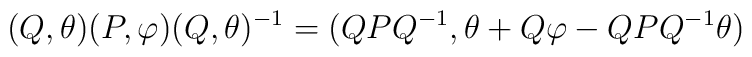
(Q,\theta)(P,\varphi)(Q,\theta)^{-1}=(QPQ^{-1},\theta+Q\varphi-QPQ^{-1}\theta)